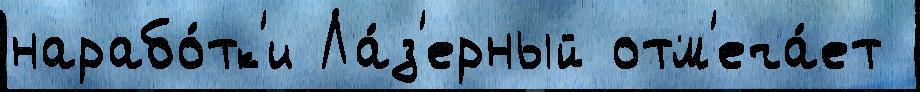
нарабо́тк'и Ла́з'ерный отм'еча́ет